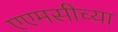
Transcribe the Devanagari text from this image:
एएमसीच्या